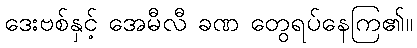
ဒေးဗစ်နှင့် အေမီလီ ခဏ တွေရပ်နေကြ၏။